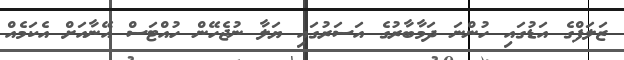
ޒަލަފްގެ އަޑުގައި ހުންނަ ދަމާބާރުގެ އަސަރުގައި ޔަލާ ނުޖެހޭން ހުއްޓަސް އޭނާއަށް އެކަމެއް